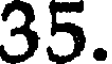
35.